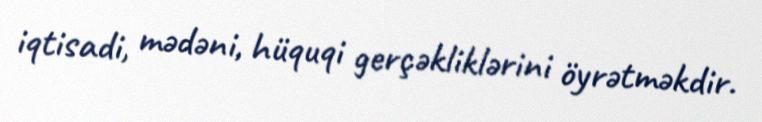
iqtisadi, mədəni, hüquqi gerçəkliklərini öyrətməkdir.